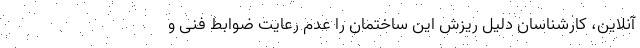
آنلاین، کارشناسان دلیل ریزش این ساختمان را عدم رعایت ضوابط فنی و